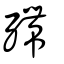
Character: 殢